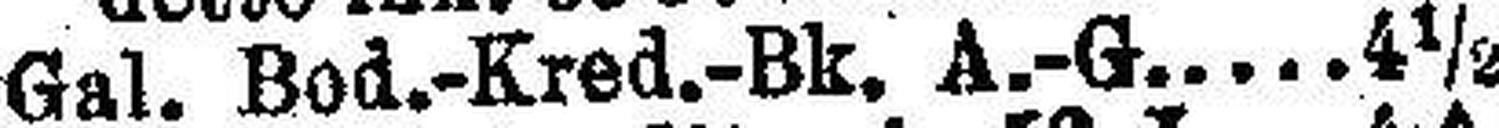
Gal. Bod.-Kred.-Bk. A.-G 4½